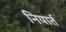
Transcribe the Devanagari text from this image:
नियार्त